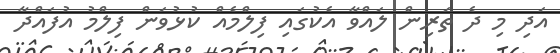
އަދި މި ދެ ތަރިން ލައްވާ އެކުގައި ފިލްމެއް ކުޅުވަން ފިލްމު އުފައްދާ